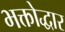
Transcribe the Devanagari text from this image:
भक्तोद्धार